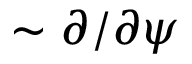
\sim \partial / \partial \psi